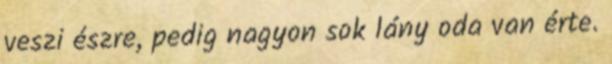
veszi észre, pedig nagyon sok lány oda van érte.